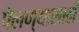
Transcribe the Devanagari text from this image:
पेलण्‍यासाठी